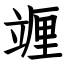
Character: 竰